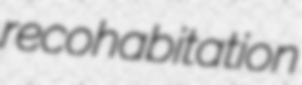
recohabitation